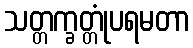
သတ္တက္ခတ္တုံပရမတာ